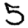
Digit: 5